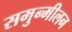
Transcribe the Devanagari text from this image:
समुन्मीलन